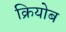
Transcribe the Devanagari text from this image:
क्रियोब